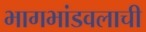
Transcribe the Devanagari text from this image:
भागभांडवलाची